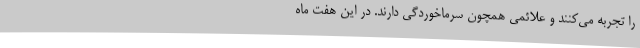
را تجربه می‌کنند و علائمی همچون سرماخوردگی دارند. در این هفت ماه